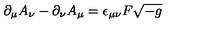
\partial _ { \mu } A _ { \nu } - \partial _ { \nu } A _ { \mu } = \epsilon _ { \mu \nu } F \sqrt { - g }